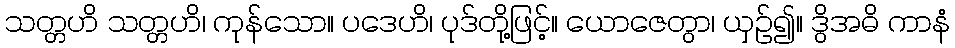
သတ္တဟိ သတ္တဟိ၊ ကုန်သော။ ပဒေဟိ၊ ပုဒ်တို့ဖြင့်။ ယောဇေတွာ၊ ယှဉ်၍။ ဒွိအဓိ ကာနံ